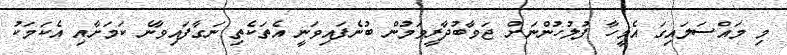
މި މައްސަލައިގަ އެމީހާ ފުލުހުންނަށް ޖަވާބުދާރީވަމުން ބުނެފައިވަނީ އެތަކެތި ނަގާފައިވާނެ ކަމަށާއި އެކަމަކު